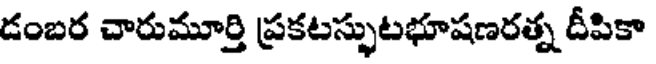
డంబర చారుమూర్తి ప్రకటస్ఫుటభూషణరత్న దీపికా